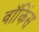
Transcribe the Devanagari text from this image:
वॉकिंस